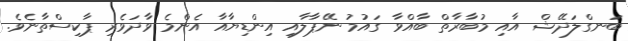
ބަނގްލަދޭޝް އާއި މުބާރާތް ބާއްވާ ގައުމު ނޭޕާލާއި އިންޑިޔާއާ އެންމެ ވާދަވެރި ޕާކިސްތާނެވެ.